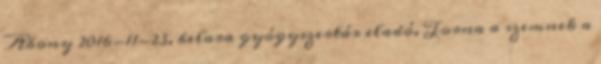
Abony 2016-11-23, belara gyógyszertár eladó. Torna a szemnek a